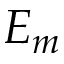
E _ { m }